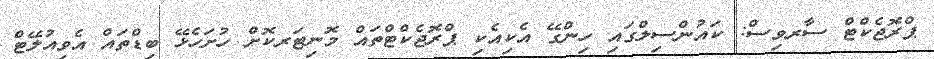
ޕްރޮޖެކްޓް ސާރވިސް: ކައުންސިލްގައި ހިންގޭ އެކިއެކި ޕްރޮޖެކްޓްތައް މޮނިޓަރކޮށް ހުށަހެޅޭ ބިޑްތައް އެވިއުލޭޓް